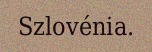
Szlovénia.